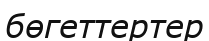
бөгеттертер